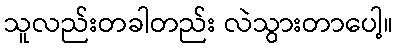
သူလည်းတခါတည်း လဲသွားတာပေါ့။